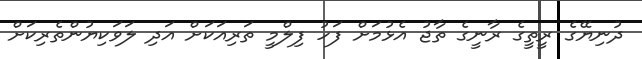
ދުނިޔޭގެ ރީތީގެ ރާނީގެ ތާޖު އެޅުމަށް ފަހު ފިލްމީ ތަރިއަކަށް އަދި ލަވަކިޔުންތެރިކަށް